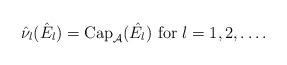
LaTeX: \begin{align*} \hat \nu_l (\hat E_l ) = \mbox{Cap}_{\mathcal{A}} ( \hat{E_l} ) \mbox{ for } l = 1, 2, \dots. \end{align*}